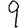
Digit: 9